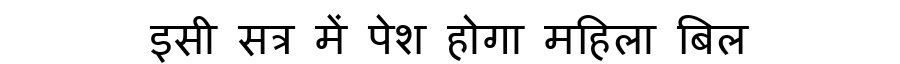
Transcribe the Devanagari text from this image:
इसी सत्र में पेश होगा महिला बिल